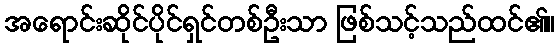
အရောင်းဆိုင်ပိုင်ရှင်တစ်ဦးသာ ဖြစ်သင့်သည်ထင်၏။